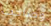
وصاحب